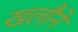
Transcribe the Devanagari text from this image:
खलौने